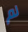
لم